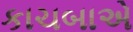
કાચબાએ